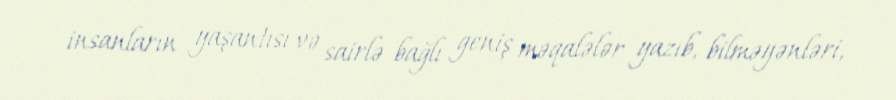
insanların yaşantısı və sairlə bağlı geniş məqalələr yazıb, bilməyənləri,